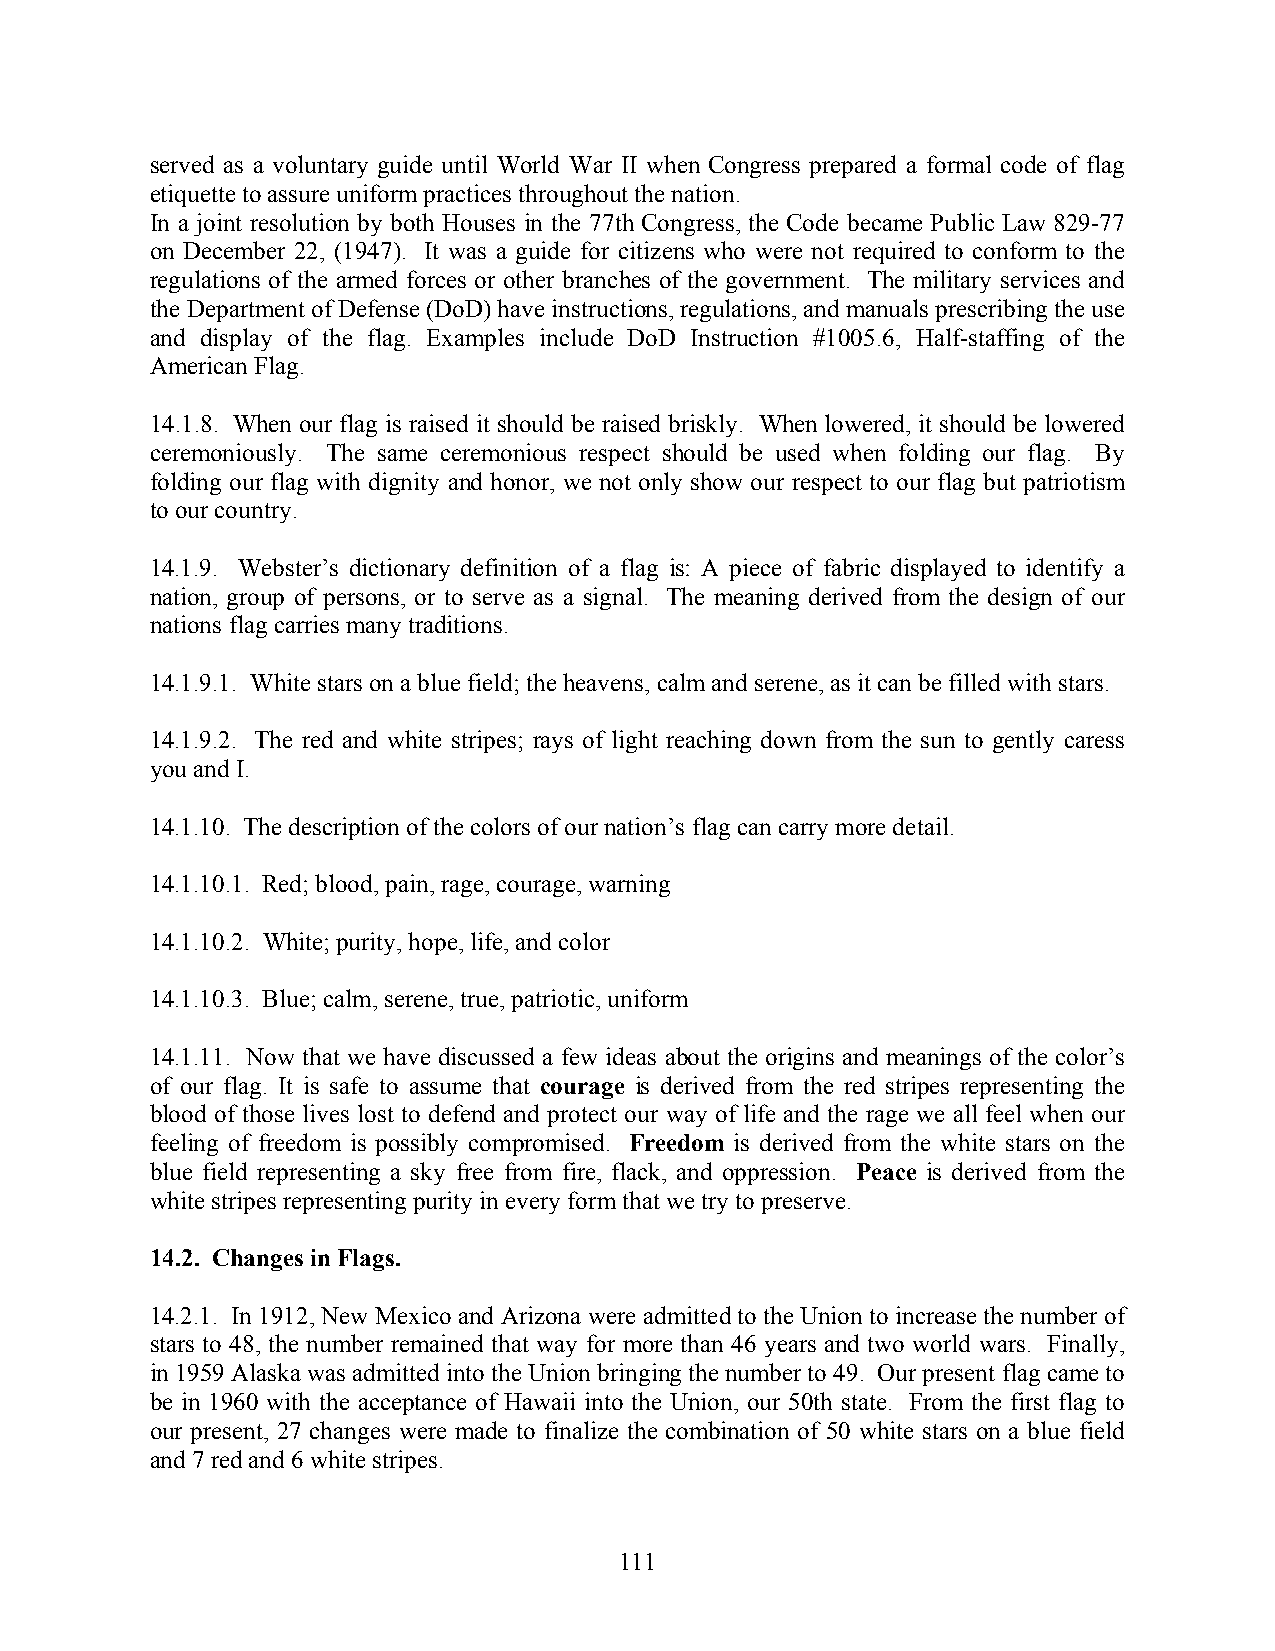
served as a voluntary guide until World War II when Congress prepared a formal code of flag
 etiquette to assure uniform practices throughout the nation.
 In a joint resolution by both Houses in the 77th Congress, the Code became Public Law 829-77
 on December 22, (1947). It was a guide for citizens who were not required to conform to the
 regulations of the armed forces or other branches of the government. The military services and
 the Department of Defense (DoD) have instructions, regulations, and manuals prescribing the use
 and display of the flag. Examples include DoD Instruction #1005.6, Half-staffing of the
 American Flag.
 14.1.8. When our flag is raised it should be raised briskly. When lowered, it should be lowered
 ceremoniously. The same ceremonious respect should be used when folding our flag. By
 folding our flag with dignity and honor, we not only show our respect to our flag but patriotism
 to our country.
 14.1.9. Webster’s dictionary definition of a flag is: A piece of fabric displayed to identify a
 nation, group of persons, or to serve as a signal. The meaning derived from the design of our
 nations flag carries many traditions.
 14.1.9.1. White stars on a blue field; the heavens, calm and serene, as it can be filled with stars.
 14.1.9.2. The red and white stripes; rays of light reaching down from the sun to gently caress
 you and I.
 14.1.10. The description of the colors of our nation’s flag can carry more detail.
 14.1.10.1. Red; blood, pain, rage, courage, warning
 14.1.10.2. White; purity, hope, life, and color
 14.1.10.3. Blue; calm, serene, true, patriotic, uniform
 14.1.11. Now that we have discussed a few ideas about the origins and meanings of the color’s
 of our flag. It is safe to assume that courage is derived from the red stripes representing the
 blood of those lives lost to defend and protect our way of life and the rage we all feel when our
 feeling of freedom is possibly compromised. Freedom is derived from the white stars on the
 blue field representing a sky free from fire, flack, and oppression. Peace is derived from the
 white stripes representing purity in every form that we try to preserve.
 14.2. Changes in Flags.
 14.2.1. In 1912, New Mexico and Arizona were admitted to the Union to increase the number of
 stars to 48, the number remained that way for more than 46 years and two world wars. Finally,
 in 1959 Alaska was admitted into the Union bringing the number to 49. Our present flag came to
 be in 1960 with the acceptance of Hawaii into the Union, our 50th state. From the first flag to
 our present, 27 changes were made to finalize the combination of 50 white stars on a blue field
 and 7 red and 6 white stripes.
 111